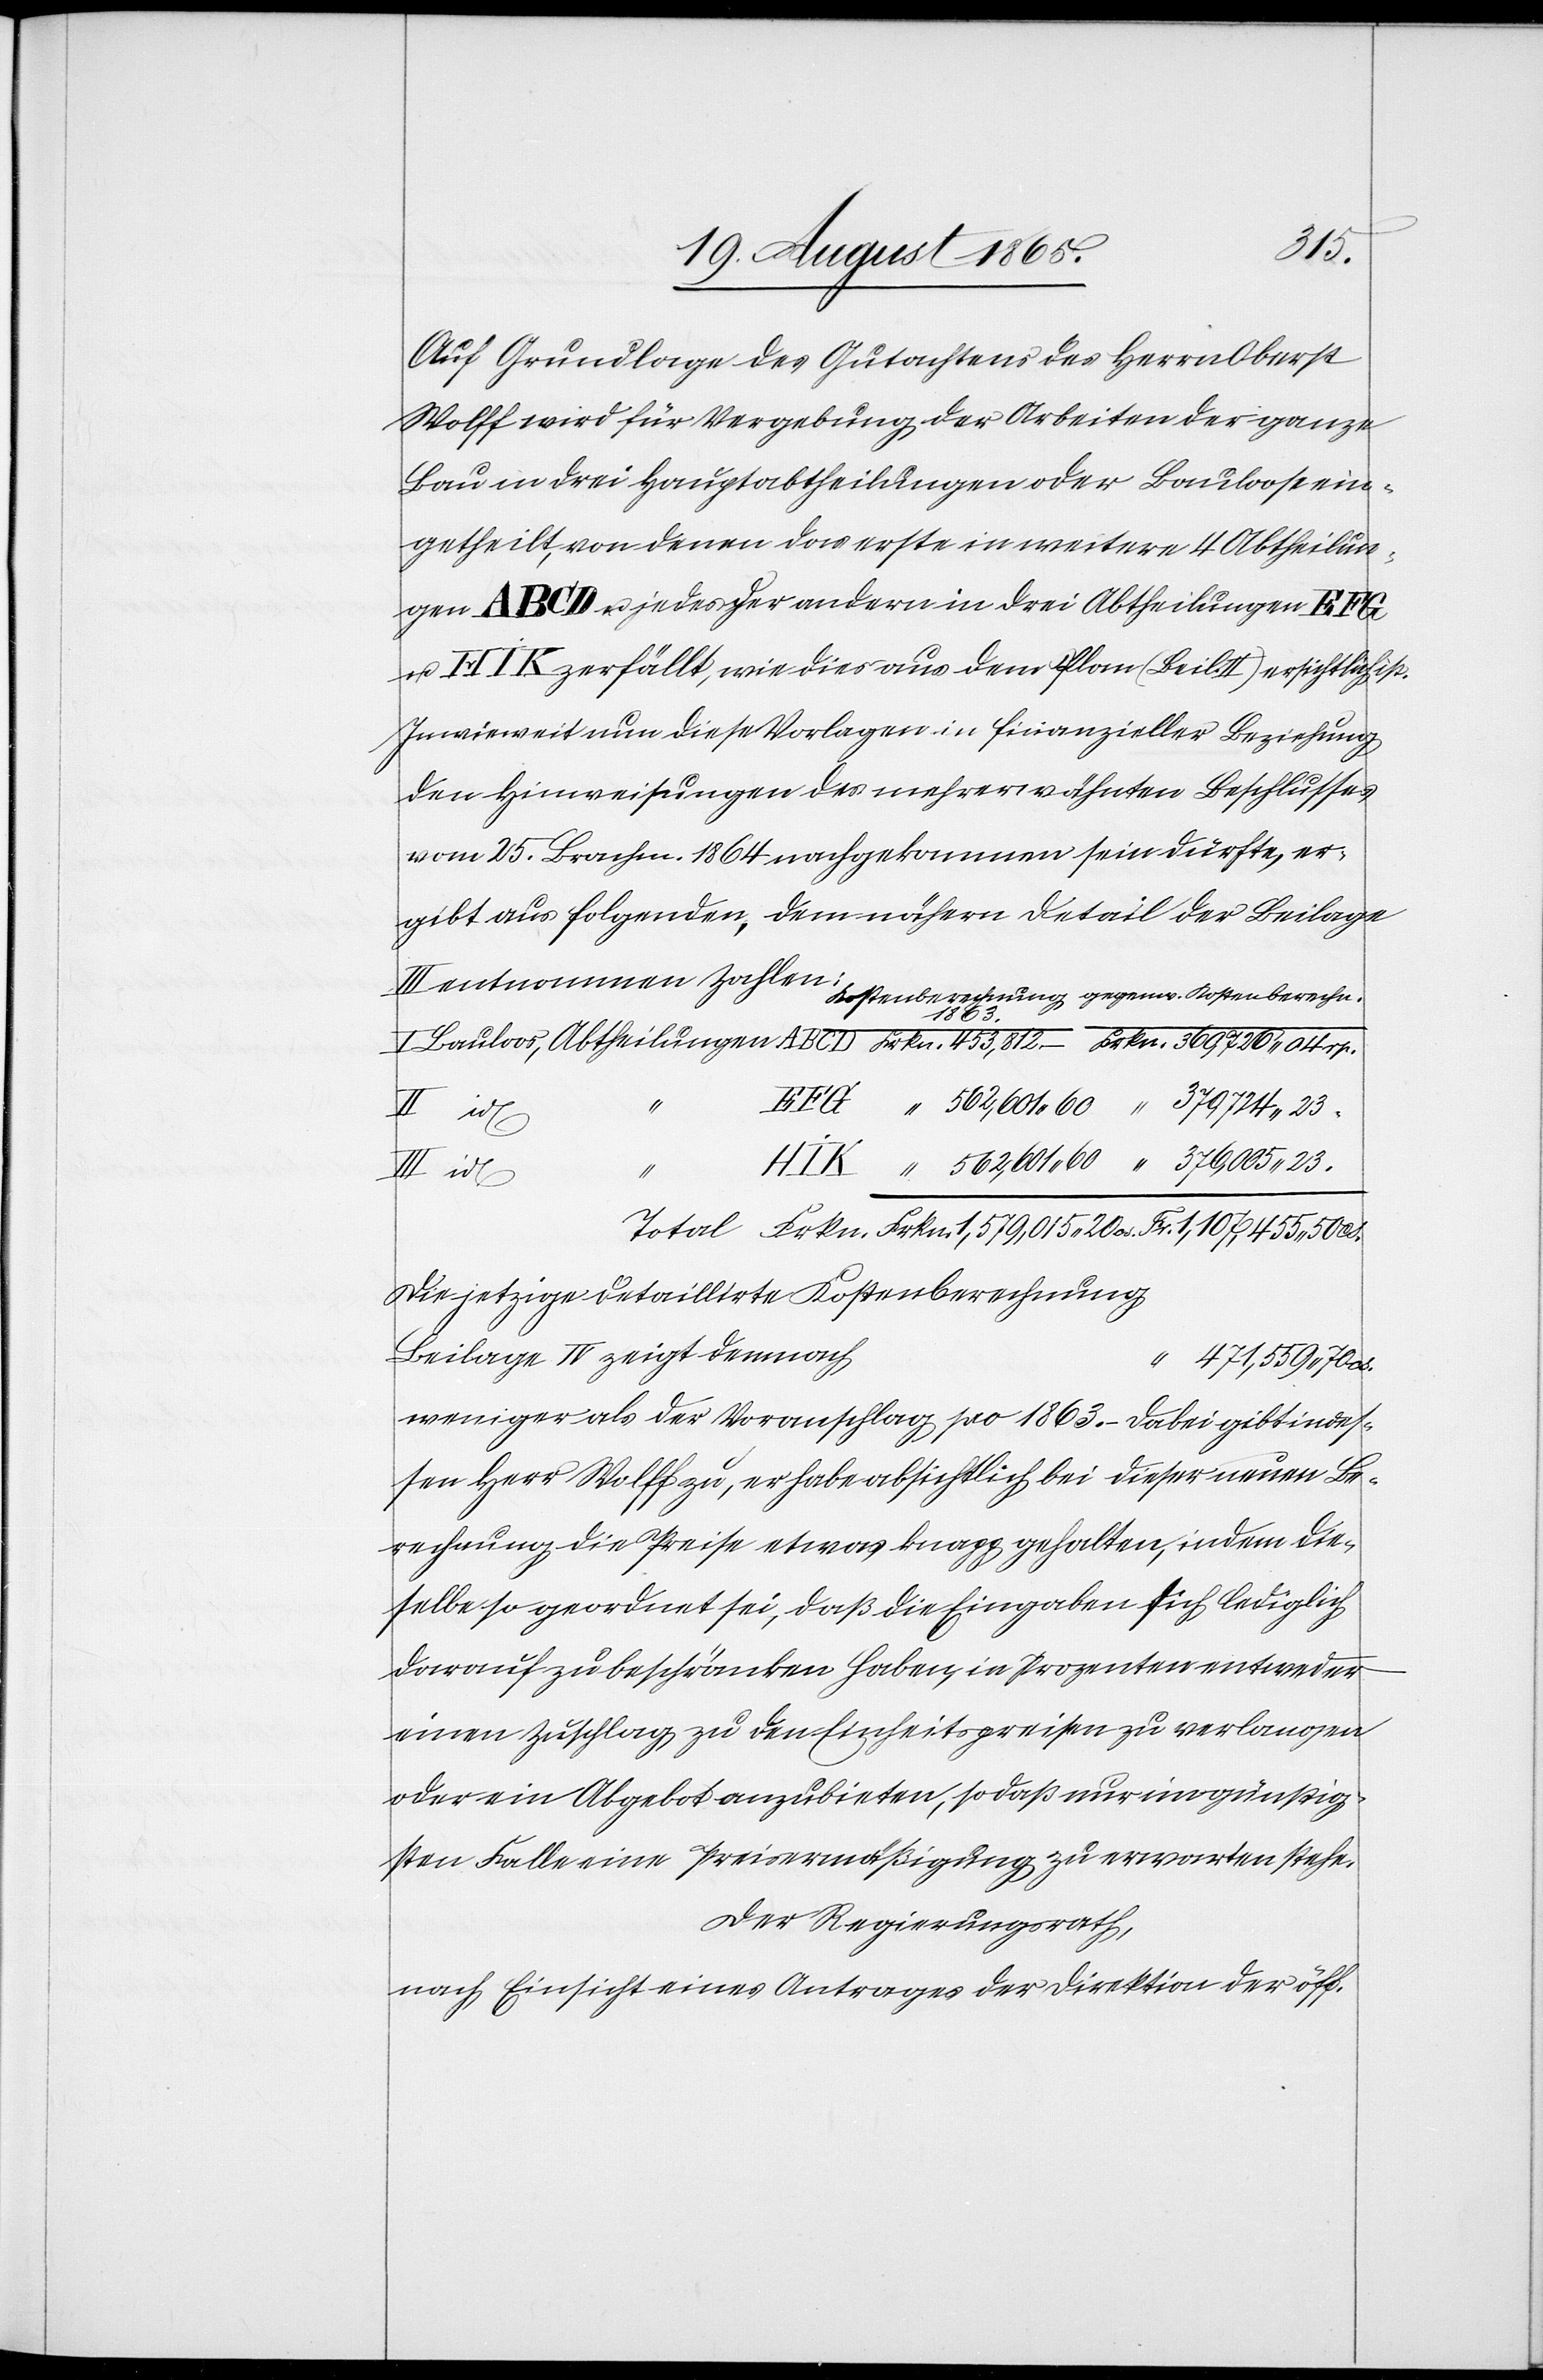
Fr.
Auf Grundlage des Gutachtens des Herrn Oberst
Wolff wird für Vergebung der Arbeiten der ganze
Bau in drei Hauptabtheilungen oder Bauloose ein¬
cs.
getheilt, von denen das erste in weitere 4 Abtheilun¬
gen ABCD u. jedes der andern in drei Abtheilungen EFG
u. HIK zerfällt, wie dies aus dem Plan (Beil. II) ersichtlich ist.
In wie weit nun diese Vorlagen in finanzieller Beziehung
den Hinweisungen des mehrerwähnten Beschlusses
vom 25. Brachm. 1864 nachgekommen sein dürfte, er¬
gibt aus folgenden, dem nähern Detail der Beilage
1863
Die jetzige detaillirte Kostenberechnung
417,559 70 cs.
weniger als der Voranschlag pro 1863. Dabei gibt indes¬
sen Herr Wolff zu, er habe absichtlich bei dieser neuen Be¬
rechnung die Preise etwas knapp gehalten, indem die¬
selbe so geordnet sei, daß die Eingaben sich lediglich
darauf zu beschränken haben, in Prozenten entweder
einen Zuschlag zu den Einheitspreisen zu verlangen
oder ein Abgebot anzubieten, so daß nur im günstig¬
sten Falle eine Preisermäßigung zu erwarten stehe.
Der Regierungsrath,
nach Einsicht eines Antrages der Direktion der öff.